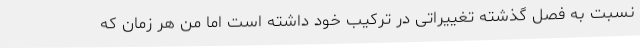
نسبت به فصل گذشته تغییراتی در ترکیب خود داشته است اما من هر زمان که